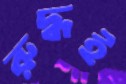
রুদ্ধই